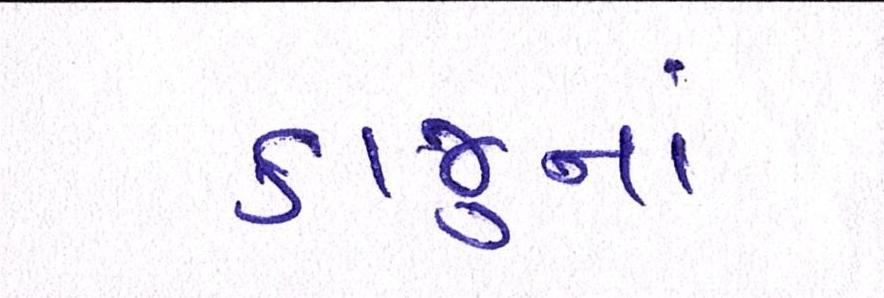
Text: કાજુના